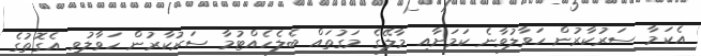
އެކަމާ ސަރުކާރުން ހަވާލުވާނެ ކަމަށާއި މާލޭގެ މަގުތައް ބެލެހެއްޓުމާ ސަރުކާރުން ހަވާލުވީ އެގޮތުގެ